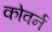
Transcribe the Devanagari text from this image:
कोवर्न